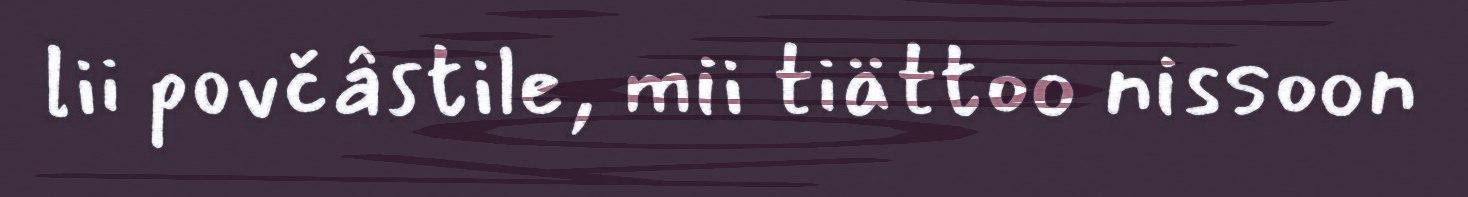
lii povčâstile, mii tiättoo nissoon